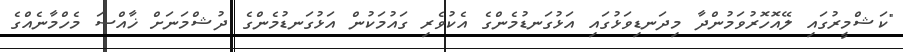
"ކަޝްމީރުގައި ލޭއޮހޮރުވަމުންދާ މިދަނޑިވަޅުގައި އަޅުގަނޑުމެންގެ އެކުވެރި ގައުމަކުން އަޅުގަނޑުމެންގެ ދުޝްމަނަށް ޚާއްސަ މެހްމާނެއްގެ